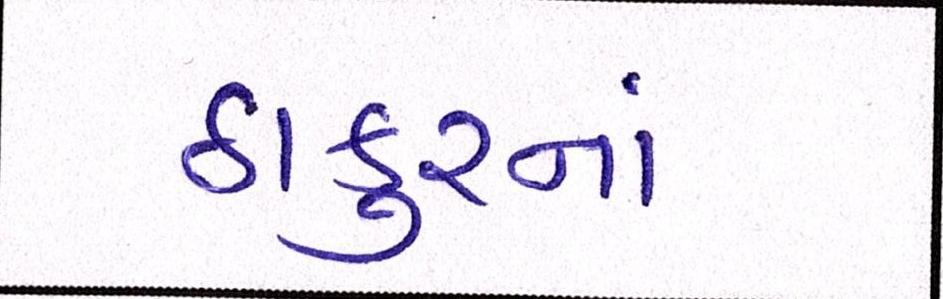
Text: ઠાકુરનાં